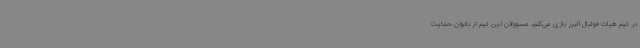
در تیم هیات فوتبال البرز بازی می‌کنم، مسوولان این تیم از بانوان حمایت